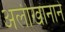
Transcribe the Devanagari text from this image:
अलीखानाने